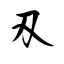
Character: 刄